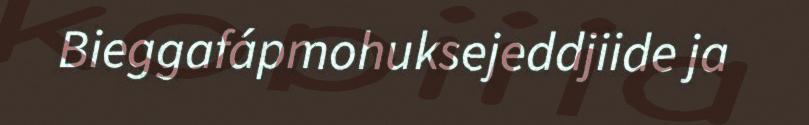
Bieggafápmohuksejeddjiide ja